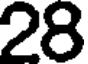
28